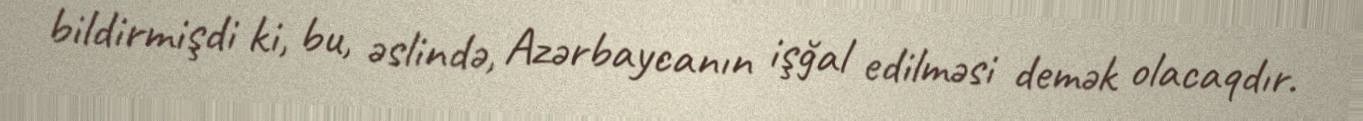
bildirmişdi ki, bu, əslində, Azərbaycanın işğal edilməsi demək olacaqdır.